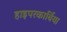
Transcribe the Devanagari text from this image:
हाइपरकार्बिया